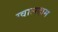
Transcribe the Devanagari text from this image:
ग्वालदाम